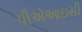
પીએઆઇસી